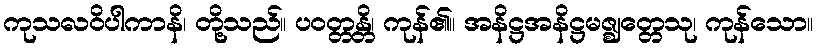
ကုသလဝိပါကာနိ၊ တို့သည်။ ပဝတ္တန္တိ၊ ကုန်၏။ အနိဋ္ဌအနိဋ္ဌမဇ္ဈတ္တေသု၊ ကုန်သော။